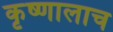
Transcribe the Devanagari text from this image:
कृष्णालाच